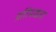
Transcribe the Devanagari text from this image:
प्रतिपाद्यता